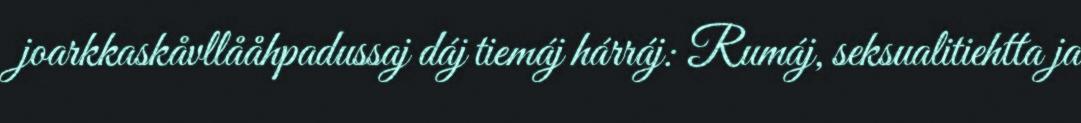
joarkkaskåvllååhpadussaj dáj tiemáj hárráj: Rumáj, seksualitiehtta ja